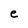
Character: e